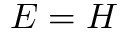
E = H